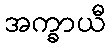
အက္ခာယီ